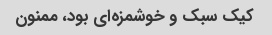
کیک سبک و خوشمزه‌ای بود، ممنون